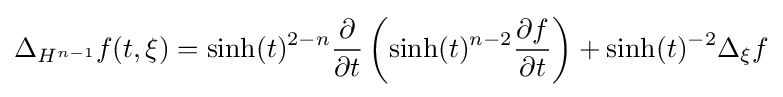
\Delta _{H^{n-1}}f(t,\xi )=\sinh(t)^{2-n}{\frac {\partial }{\partial t}}\left(\sinh(t)^{n-2}{\frac {\partial f}{\partial t}}\right)+\sinh(t)^{-2}\Delta _{\xi }f